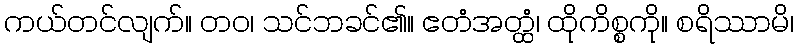
ကယ်တင်လျက်။ တဝ၊ သင်ဘခင်၏။ ဧတံအတ္ထံ၊ ထိုကိစ္စကို။ စရိဿာမိ၊